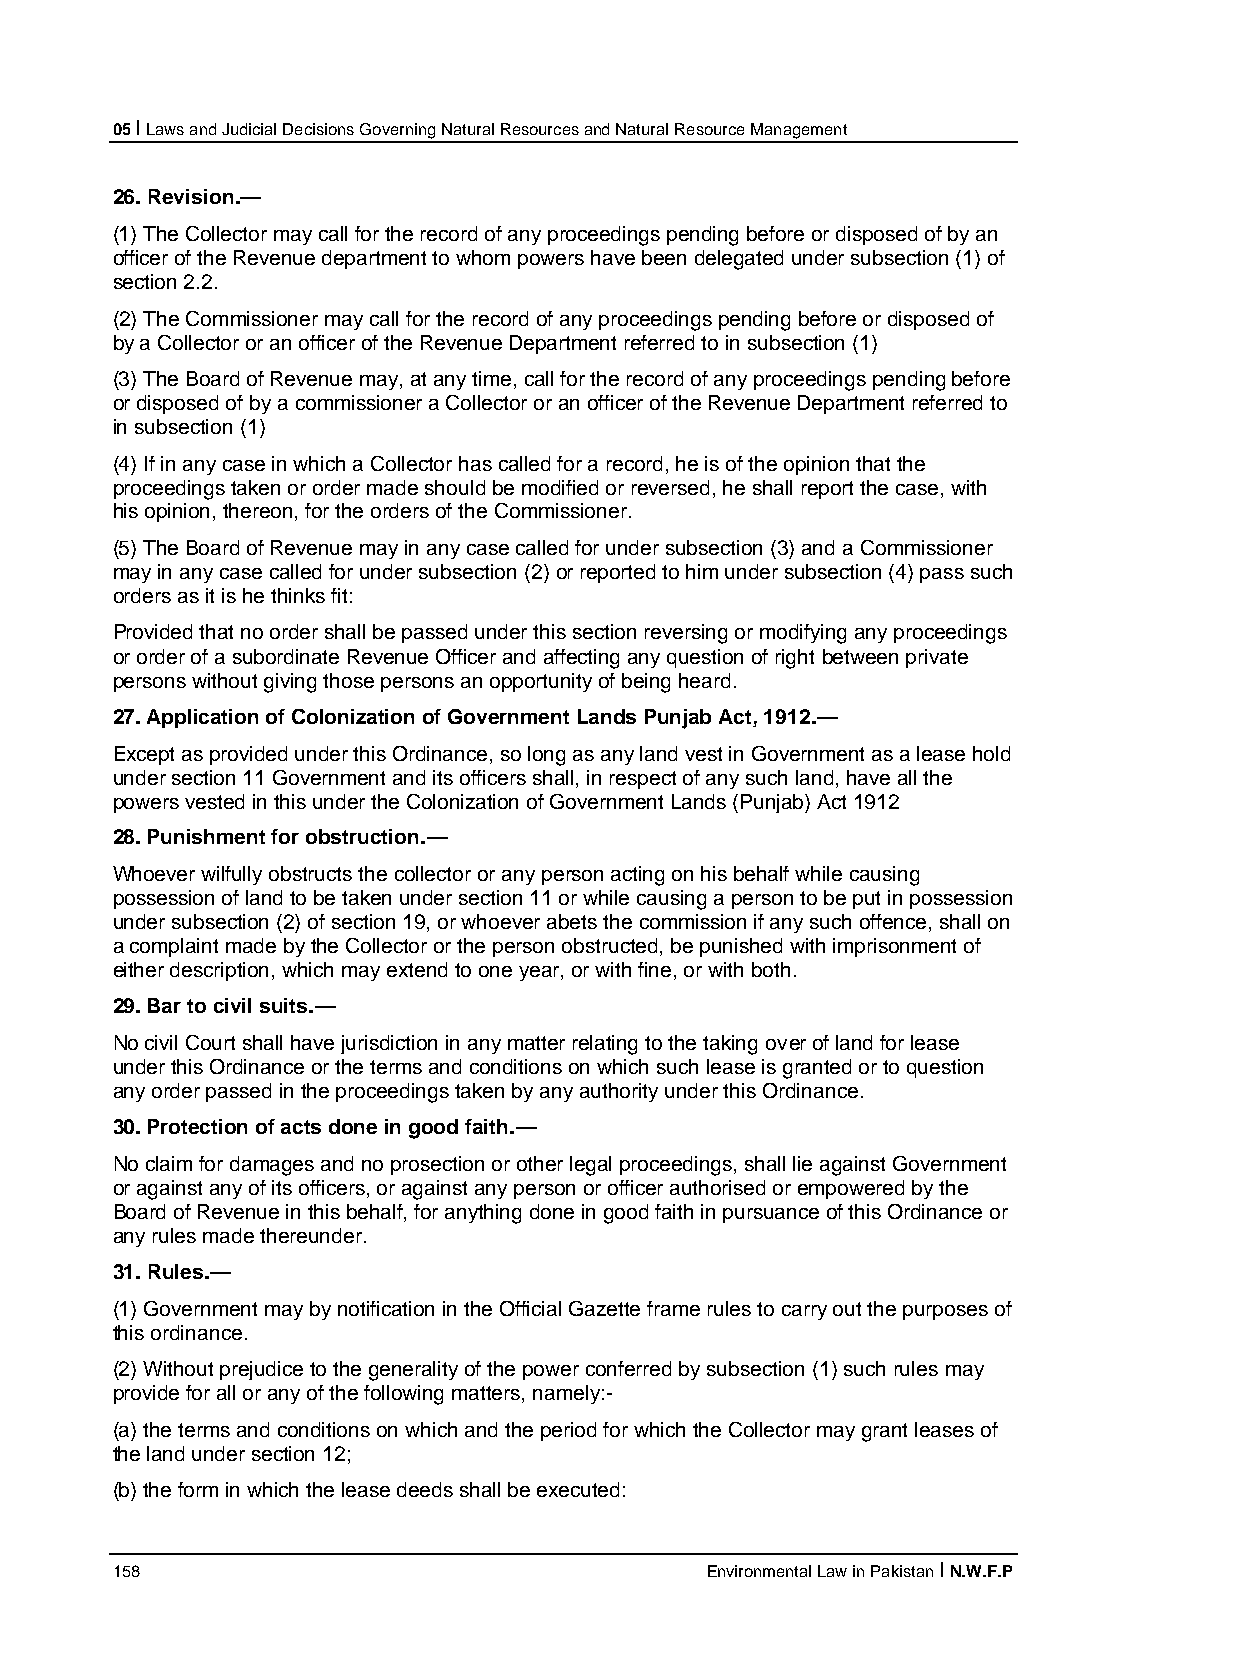
05 I Laws and Judicial Decisions Governing Natural Resources and Natural Resource Management
 26. Revision.—
 (1) The Collector may call for the record of any proceedings pending before or disposed of by an
 officer of the Revenue department to whom powers have been delegated under subsection (1) of
 section 2.2.
 (2) The Commissioner may call for the record of any proceedings pending before or disposed of
 by a Collector or an officer of the Revenue Department referred to in subsection (1)
 (3) The Board of Revenue may, at any time, call for the record of any proceedings pending before
 or disposed of by a commissioner a Collector or an officer of the Revenue Department referred to
 in subsection (1)
 (4) If in any case in which a Collector has called for a record, he is of the opinion that the
 proceedings taken or order made should be modified or reversed, he shall report the case, with
 his opinion, thereon, for the orders of the Commissioner.
 (5) The Board of Revenue may in any case called for under subsection (3) and a Commissioner
 may in any case called for under subsection (2) or reported to him under subsection (4) pass such
 orders as it is he thinks fit:
 Provided that no order shall be passed under this section reversing or modifying any proceedings
 or order of a subordinate Revenue Officer and affecting any question of right between private
 persons without giving those persons an opportunity of being heard.
 27. Application of Colonization of Government Lands Punjab Act, 1912.—
 Except as provided under this Ordinance, so long as any land vest in Government as a lease hold
 under section 11 Government and its officers shall, in respect of any such land, have all the
 powers vested in this under the Colonization of Government Lands (Punjab) Act 1912
 28. Punishment for obstruction.—
 Whoever wilfully obstructs the collector or any person acting on his behalf while causing
 possession of land to be taken under section 11 or while causing a person to be put in possession
 under subsection (2) of section 19, or whoever abets the commission if any such offence, shall on
 a complaint made by the Collector or the person obstructed, be punished with imprisonment of
 either description, which may extend to one year, or with fine, or with both.
 29. Bar to civil suits.—
 No civil Court shall have jurisdiction in any matter relating to the taking over of land for lease
 under this Ordinance or the terms and conditions on which such lease is granted or to question
 any order passed in the proceedings taken by any authority under this Ordinance.
 30. Protection of acts done in good faith.—
 No claim for damages and no prosection or other legal proceedings, shall lie against Government
 or against any of its officers, or against any person or officer authorised or empowered by the
 Board of Revenue in this behalf, for anything done in good faith in pursuance of this Ordinance or
 any rules made thereunder.
 31. Rules.—
 (1) Government may by notification in the Official Gazette frame rules to carry out the purposes of
 this ordinance.
 (2) Without prejudice to the generality of the power conferred by subsection (1) such rules may
 provide for all or any of the following matters, namely:-
 (a) the terms and conditions on which and the period for which the Collector may grant leases of
 the land under section 12;
 (b) the form in which the lease deeds shall be executed:
 158                                     Environmental Law in Pakistan I N.W.F.P